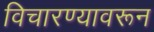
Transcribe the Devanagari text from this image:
विचारण्यावरून